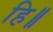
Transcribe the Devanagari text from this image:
हि॥